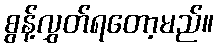
စွန့်လွှတ်ရတော့မည်။